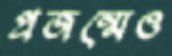
প্রজন্মেও